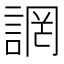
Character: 誷